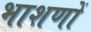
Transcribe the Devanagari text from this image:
भाशणों